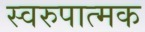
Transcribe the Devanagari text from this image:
स्वरुपात्मक